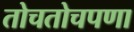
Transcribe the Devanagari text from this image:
तोचतोचपणा